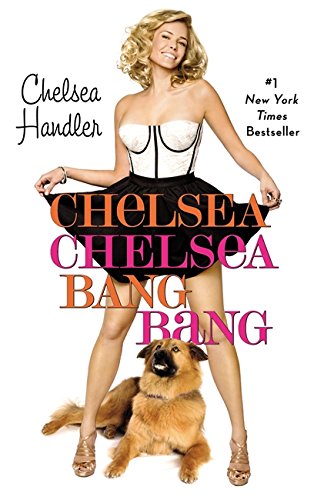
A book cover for Chelsea Chelsea Bang Bang; Chelsea Handler; Humor & Entertainment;